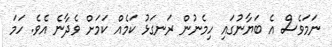
ނަމަވެސް އެ ބަޔާނުގައި ހިމެނުން ރަނގަޅު ކަމެއް ކަމަށް ވެދާނެ އެވެ. ހަމަ